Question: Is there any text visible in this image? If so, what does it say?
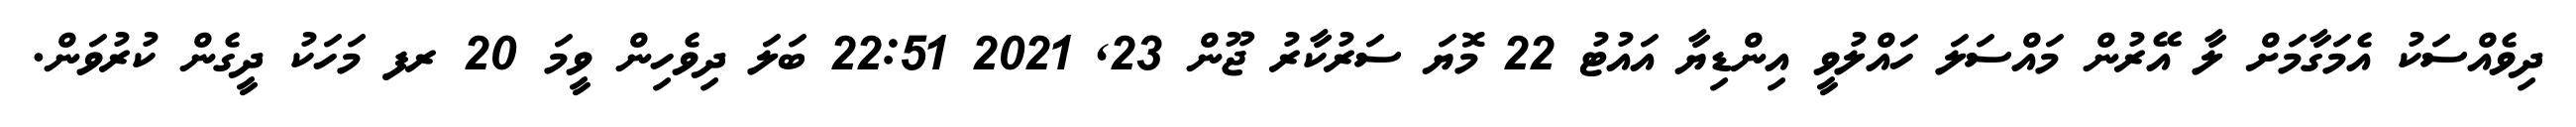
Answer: ދިވެއްސަކު އެމަގާމަށް ލާ އޭރުން މައްސަލަ ހައްލުވީ އިންޑިޔާ އައުޓު 22 މޮޔަ ސަރުކާރު ޖޫން 23, 2021 22:51 ބަލަ ދިވެހިން ވީމަ 20 ރފ މަހަކު ދީގެން ކުރުވަން.